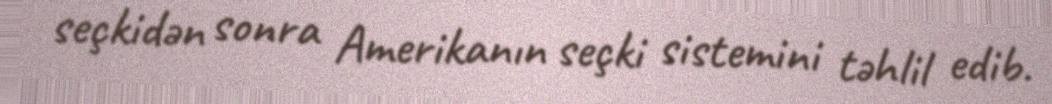
seçkidən sonra Amerikanın seçki sistemini təhlil edib.